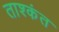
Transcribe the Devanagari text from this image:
ताश्कंत